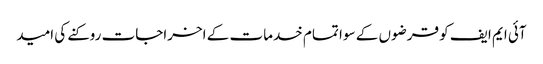
آئی ایم ایف کو قرضوں کے سوا تمام خدمات کے اخراجات روکنے کی امید